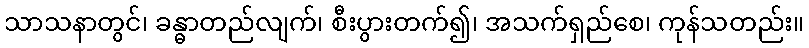
သာသနာတွင်၊ ခန္ဓာတည်လျက်၊ စီးပွားတက်၍၊ အသက်ရှည်စေ၊ ကုန်သတည်း။